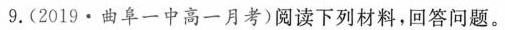
9.(2019·曲阜一中高一月考)阅读下列材料，回答问题。